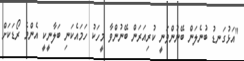
"އަޅުގަނޑު ބުނެލަން ބޭނުންވަނީ ކުރިއަރަން ބޭނުންވާ މީހަކު ހަމައެކަނި ބަލާނީކީ އެންމެ ރޯޑަކަށް